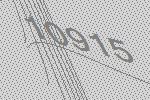
10915